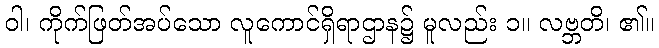
ဝါ၊ ကိုက်ဖြတ်အပ်သော လူကောင်ရှိရာဌာန၌ မူလည်း ၁။ လဗ္ဘတိ၊ ၏။